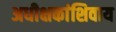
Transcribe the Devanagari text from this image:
अधीक्षकांशिवाय